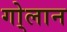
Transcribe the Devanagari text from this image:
गो्लान